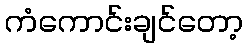
ကံကောင်းချင်တော့